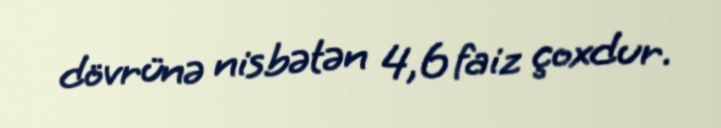
dövrünə nisbətən 4,6 faiz çoxdur.